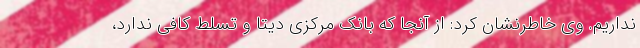
نداریم. وی خاطرنشان کرد: از آنجا که بانک مرکزی دیتا و تسلط کافی ندارد،